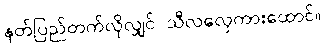
နတ်ပြည်တက်လိုလျှင် သီလလှေကားထောင်။